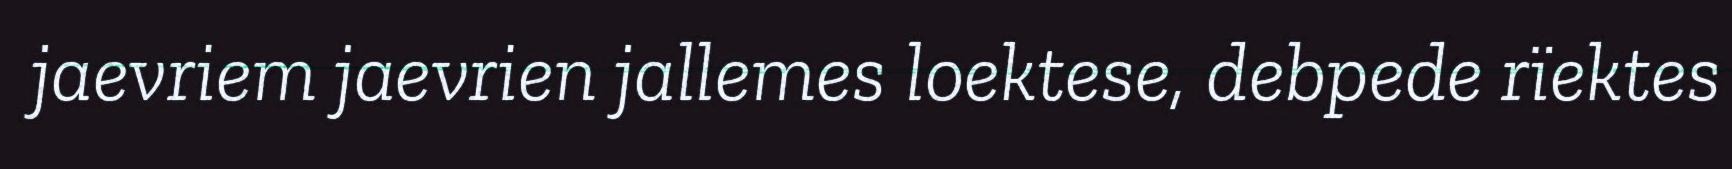
jaevriem jaevrien jallemes loektese, debpede rïektes